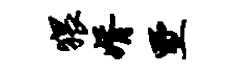
猥婿墅